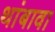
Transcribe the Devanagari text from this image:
थांबावा